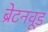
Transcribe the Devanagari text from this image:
ब्रेटनवूड